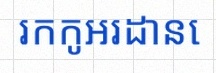
រកកូអរដោនេ